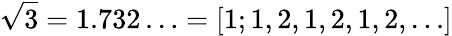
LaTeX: {\sqrt{3}}=1.732\ldots=[1;1,2,1,2,1,2,\ldots]